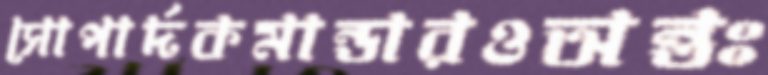
সোপার্দকমান্ডারওঅন্তঃ